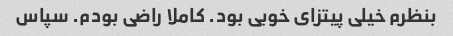
بنظرم خیلی پیتزای خوبی بود. کاملا راضی بودم. سپاس